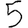
Digit: 5